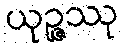
ယုဉ္ဇဿု